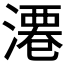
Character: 𣻝